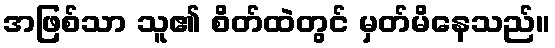
အဖြစ်သာ သူ၏ စိတ်ထဲတွင် မှတ်မိနေသည်။